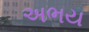
અભય